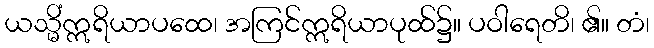
ယသ္မိံဣရိယာပထေ၊ အကြင်ဣရိယာပုထ်၌။ ပဝါရေတိ၊ ၏။ တံ၊